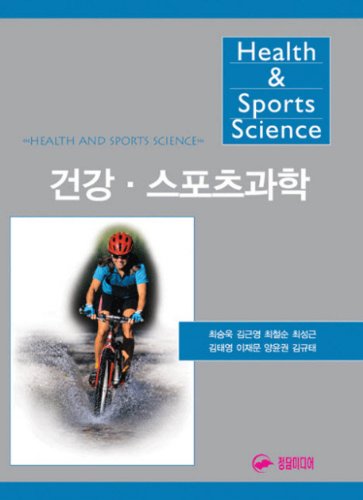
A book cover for Health Sports Science (Korean edition); Sports & Outdoors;